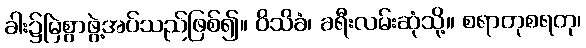
ခါး၌မြဲစွာဖွဲ့အပ်သည်ဖြစ်၍။ ဝိသိခံ၊ ခရီးလမ်းဆုံသို့။ စရာတုစရတု၊